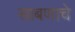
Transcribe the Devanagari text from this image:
साबणाचे